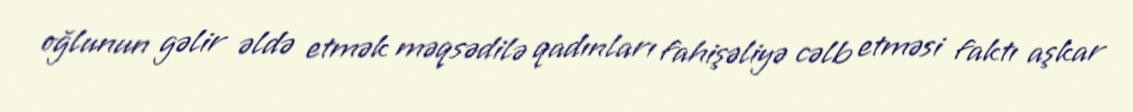
oğlunun gəlir əldə etmək məqsədilə qadınları fahişəliyə cəlb etməsi faktı aşkar